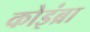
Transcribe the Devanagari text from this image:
कोइंब्रा